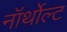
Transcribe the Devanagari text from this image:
नॉर्थोल्ट